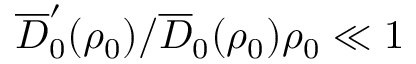
\overline { { D } } _ { 0 } ^ { \prime } ( \rho _ { 0 } ) / \overline { { D } } _ { 0 } ( \rho _ { 0 } ) \rho _ { 0 } \ll 1